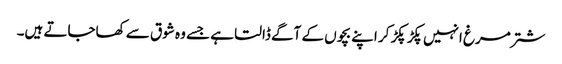
شتر مرغ انہیں پکڑ پکڑ کر اپنے بچوں کے آگے ڈالتا ہے جسے وہ شوق سے کھاجاتے ہیں۔